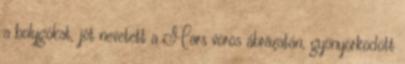
a bolygókat, jót nevetett a Mars vörös ábrázatán, gyönyörködött